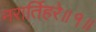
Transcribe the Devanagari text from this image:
नरार्तिहरे॥१॥